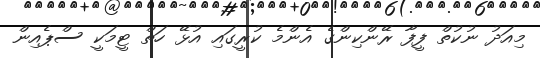
މިއަދު ނުކުތް ފީފާ ރޭންކިންގެ އެންމެ ކުރީގައި އުޅޭ ހަތް ޓީމަކީ ސްޕެއިން